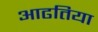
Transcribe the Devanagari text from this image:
आढतिया